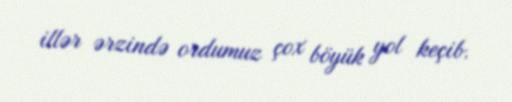
illər ərzində ordumuz çox böyük yol keçib.